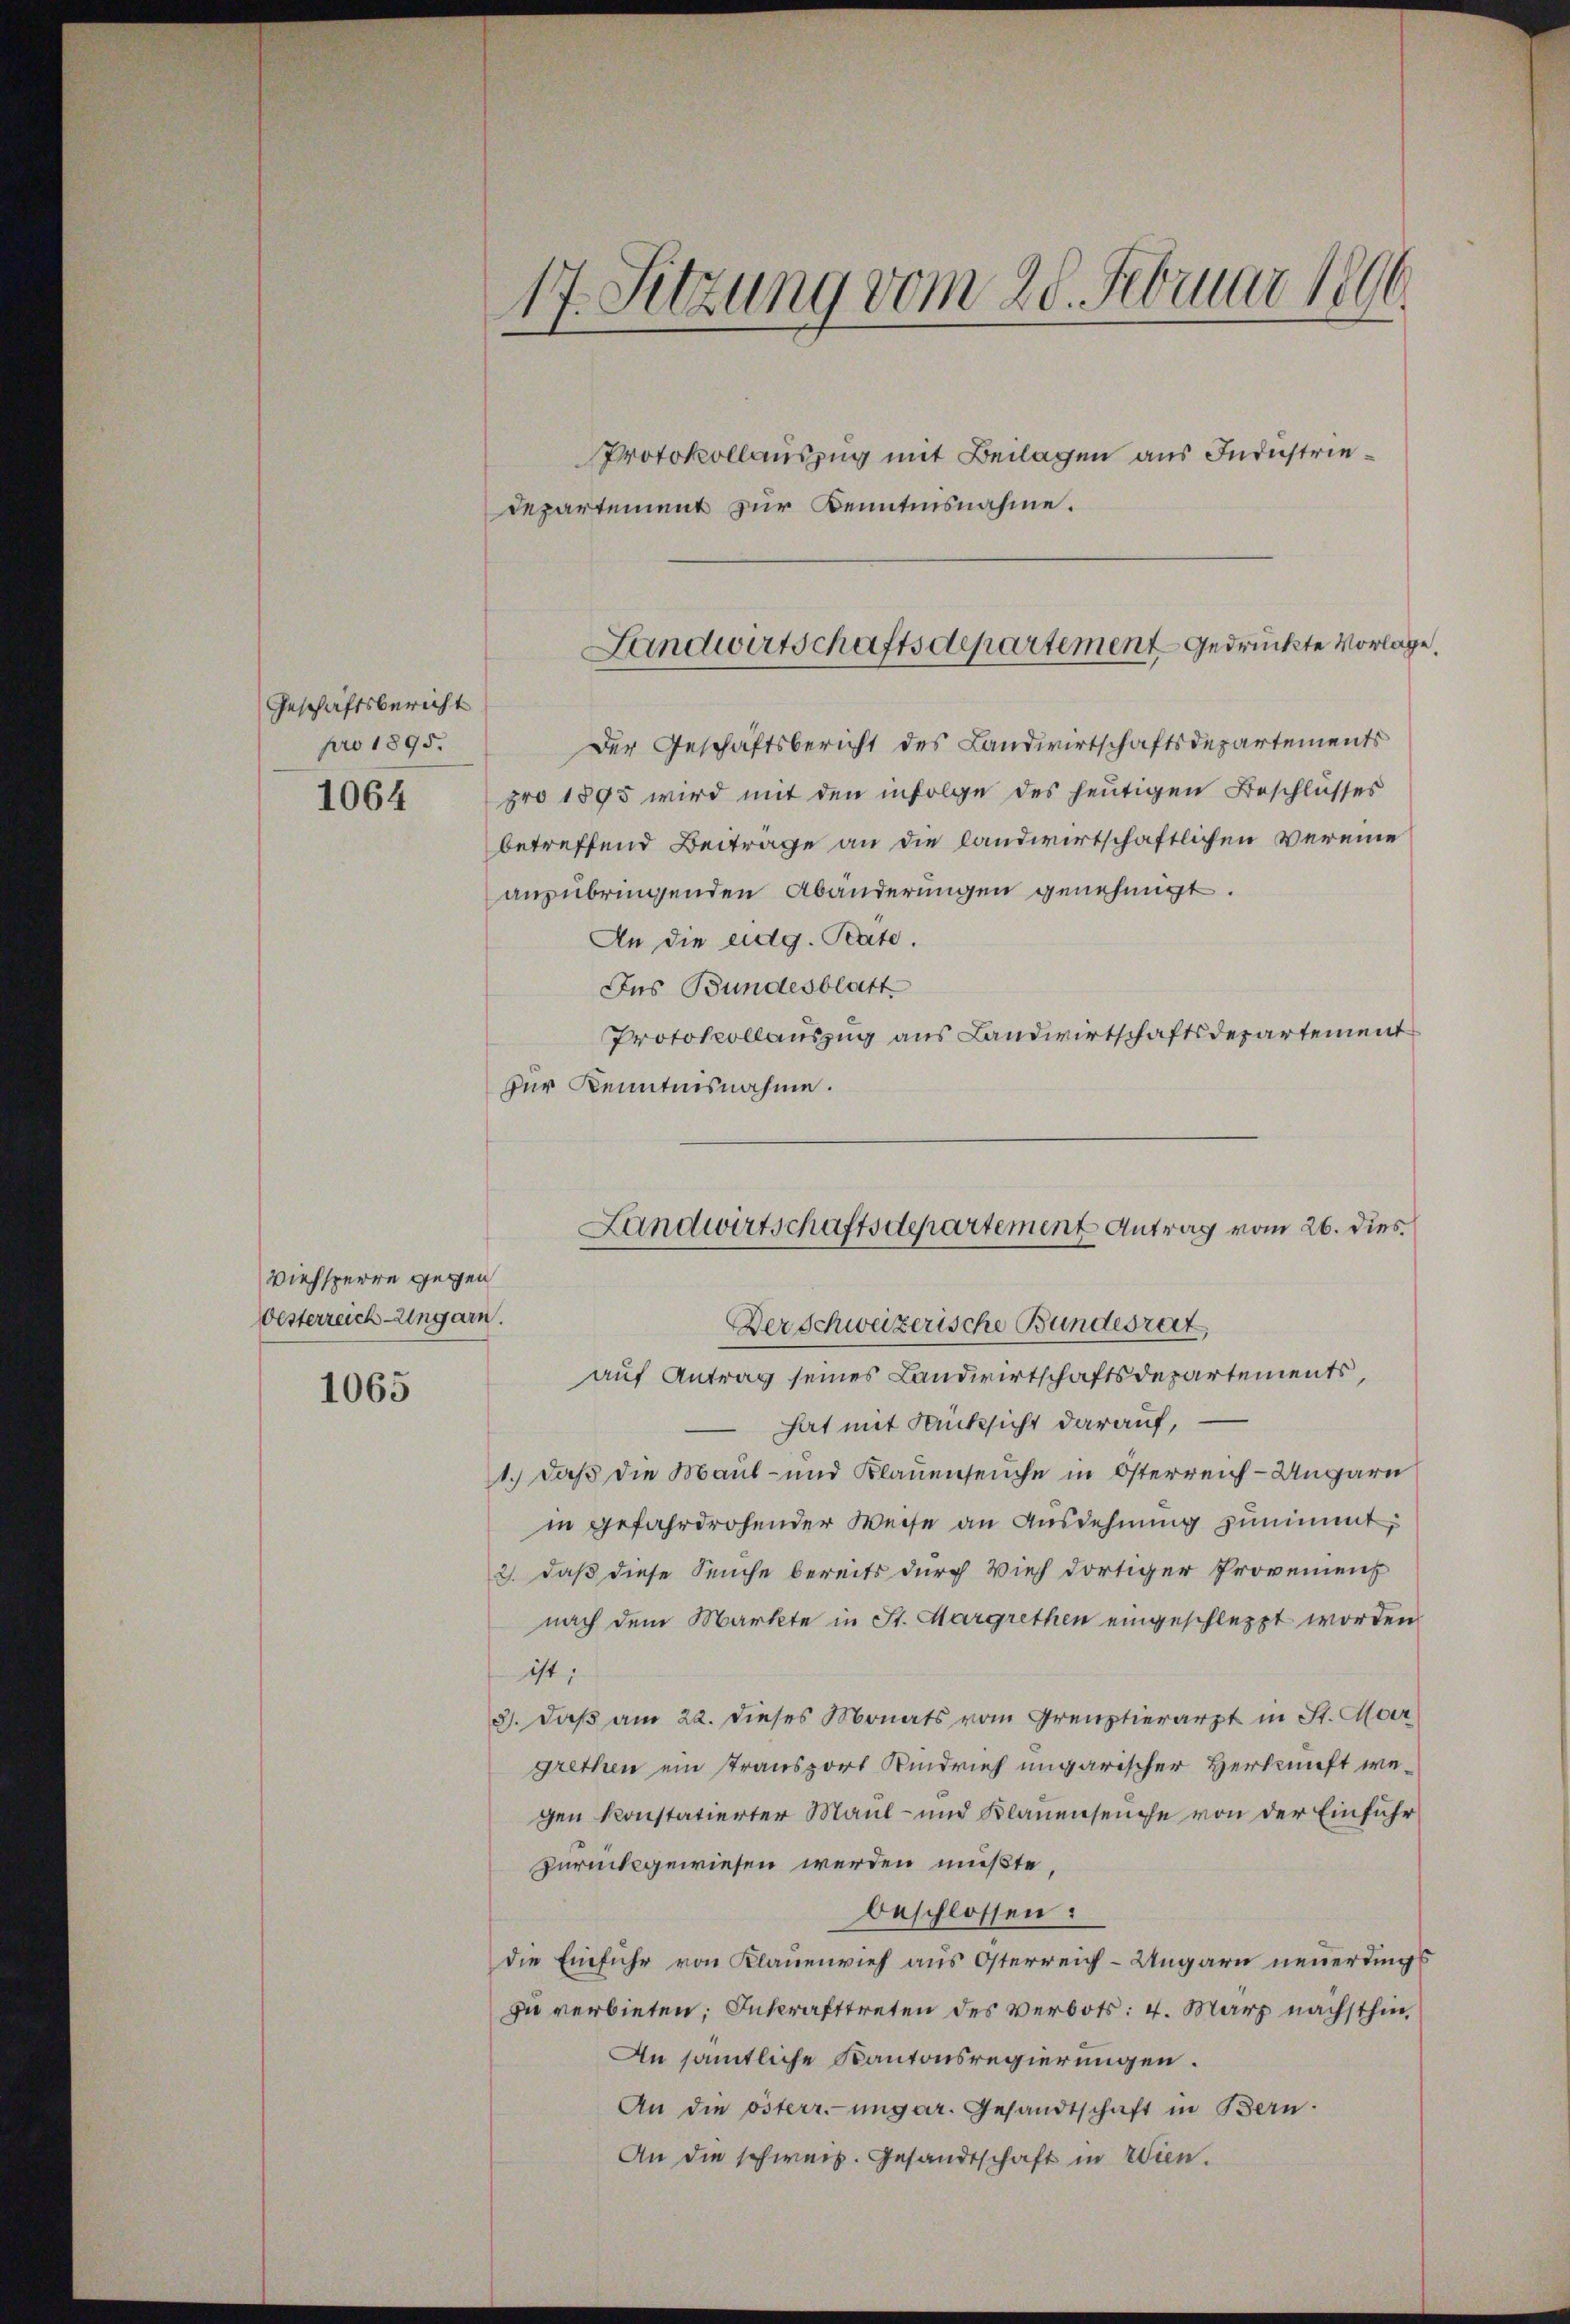
Geschäftsbericht
pro 1895.

1064

Viehsperre gegen
Oesterreich-Ungarn.

1065

17. Setzung vom 28. Februar 1890.

Protokollauszug mit Beilagen aus Industrie¬
Departement zur Kenntinsnahme.
Der Geschäftsbericht des Landwirtschaftsdepartements
pro 1895 wird mit den infolge des heutigen Beschlusses
betreffend Beitrage an die landwirtschaftlichen Vereine
anzubringenden Abänderungen genehmigt.
An die eidg. Pate.
Ins Bundesblatt
Protokollauszug aus Landwirtschaftsdepartement
zur Kenntnisnahme.
Berschweizerische Bundesrat
auf Antrag seines Landwirtschaftsdepartements,
 hat mit Rücksicht darauf,
1.) Daß die Maul- und Klauenseuche in Österreich-Ungarn
in gefahrdrohender Weise an Ausdehnung zunimmt,
2. daß diese Seuche bereits durch Vieh dortiger Provenens
nach dem Markte in St. Margrethen eingeschleppt worden
ist;
3. daß am 22. dieses Monats vom Greuztierarzt in St. Mor
grethen ein transport Kindrief ungarischer Herkunft wegen konstatierter Maul- und Klauenseuche von der Einführ
zurückgewiesen werden mußte.
beschlossen:
die Einfuhr von Klauenvieh aus Osterreich-Ungarn neuerdings
zu verbieten; Inkrafttreten des verbots: 4. März nächsthin
An sämtliche Kantonsregierungen.
An die österr.-ungar. Gesandtschaft in Bern.
An die schweiz. Gesandtschaft in Wien.

Landwirtschaftsdepartement gedrückte Vorlage

Landwirtschaftsdepartement Antrag vom 26. dies